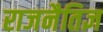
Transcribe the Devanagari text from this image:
राजनैतिज्ञ